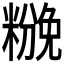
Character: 𰫌